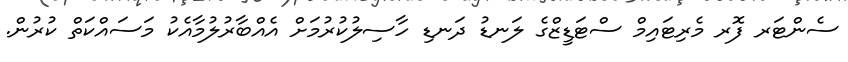
ސެންޓަރ ފޮރ މެރިޓައިމް ސްޓަޑީޒްގެ ލަނޑު ދަނޑި ހާސިލުކުރުމަށް އެއްބާރުލުމާއެކު މަސައްކަތް ކުރުން.